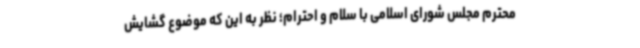
محترم مجلس شورای اسلامی با سلام و احترام؛ نظر به این که موضوع گشایش